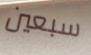
سبعين